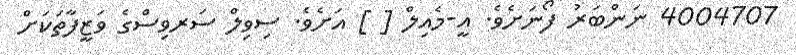
4004707 ނަންބަރު ފޯނަށެވެ. އީ-މެއިލް [ ] އަށެވެ. ސިވިލް ސަރވިސްގެ ވަޒީފާތަކަށް